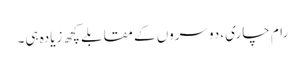
رام چاری، دوسروں کے مقابلے کچھ زیادہ ہی۔